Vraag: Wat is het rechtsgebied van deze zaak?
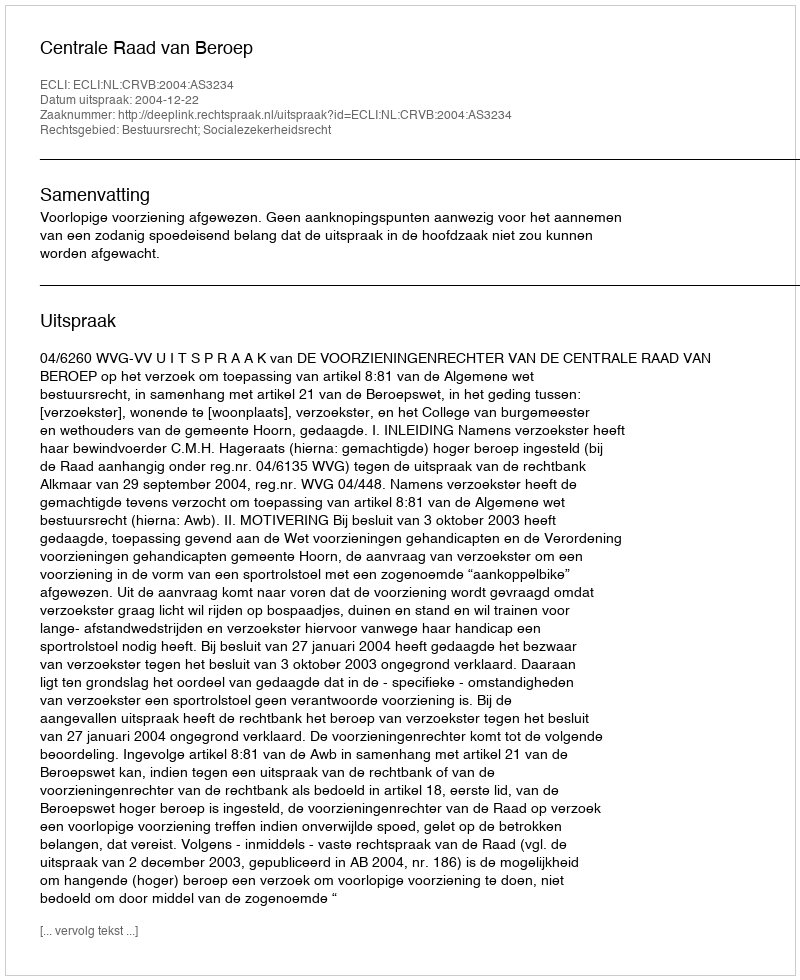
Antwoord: Bestuursrecht; Socialezekerheidsrecht